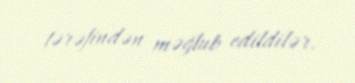
tərəfindən məğlub edildilər.